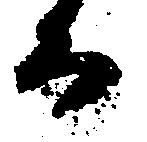
る